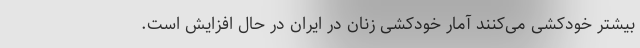
بیشتر خودکشی می‌کنند آمار خودکشی زنان در ایران در حال افزایش است.